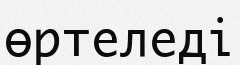
өртеледі